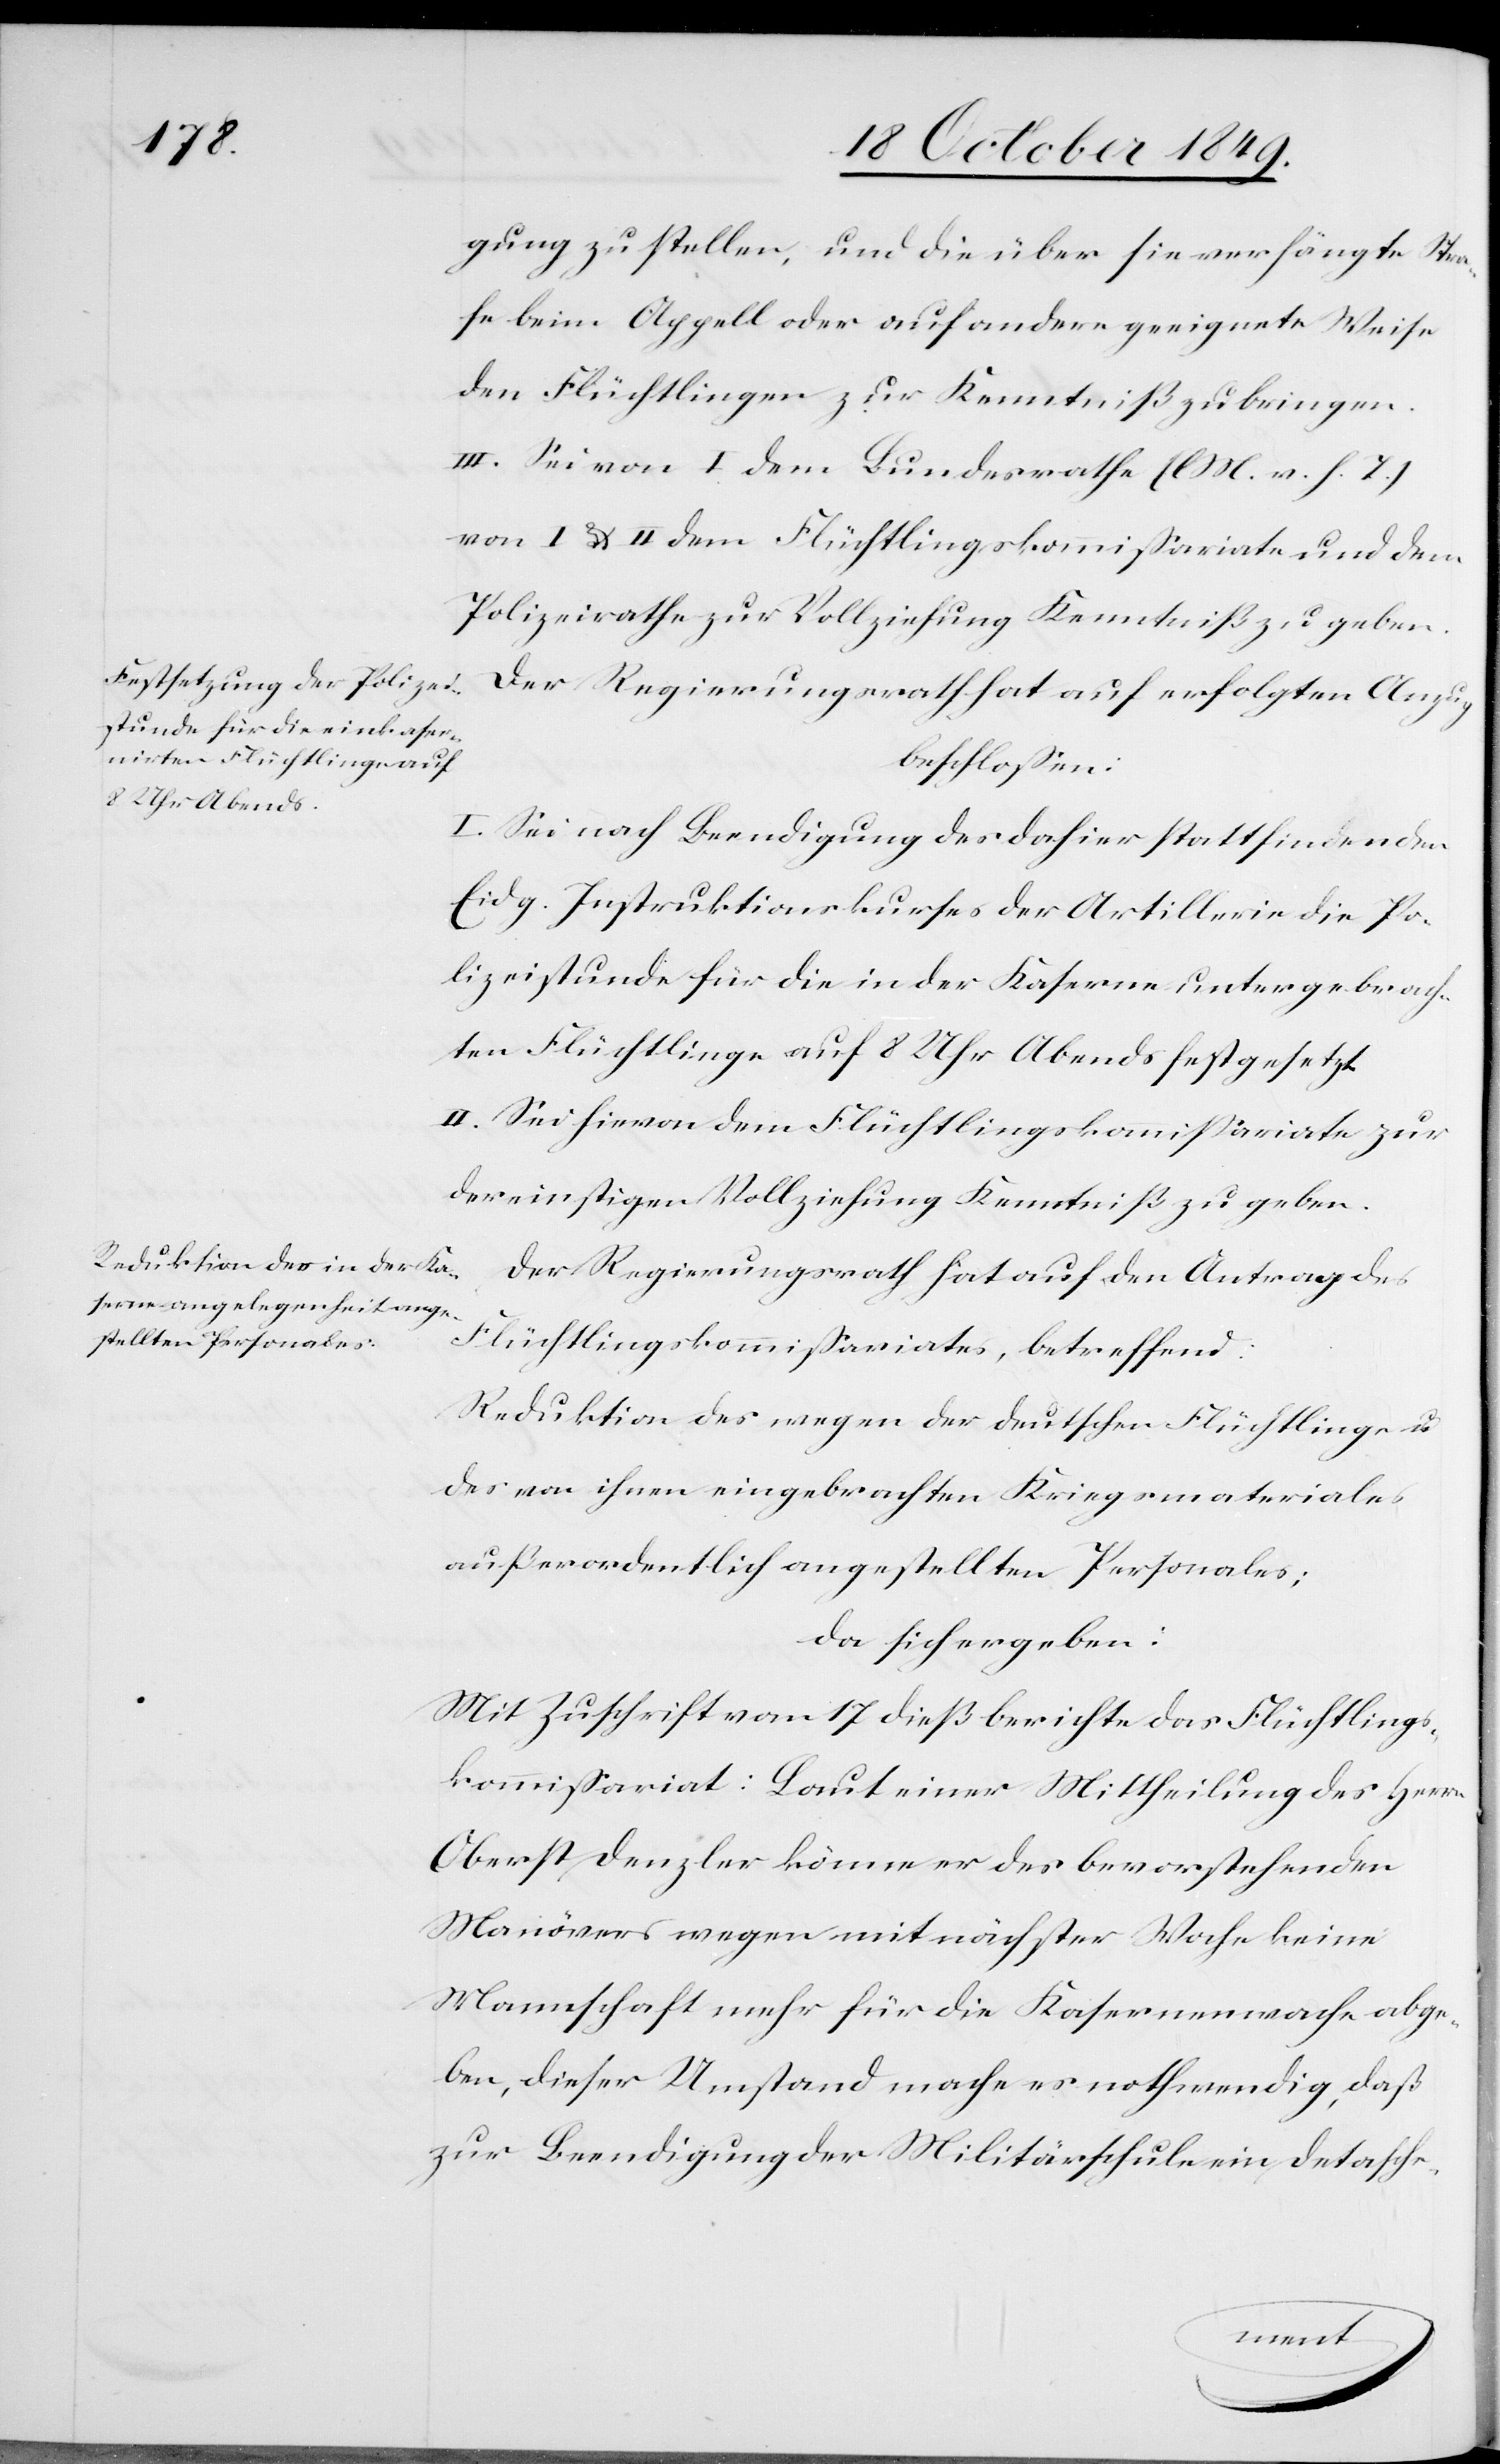
gung zu stellen, und die über sie verhängte Stra¬
fe beim Appell oder auf andere geeignete Weise
den Flüchtlingen zur Kenntniß zu bringen.
III. Sei von I dem Bundesrathe [l. M. v. h. T]
von I u. II dem Flüchtlingskommißariate und dem
Polizeirathe zur Vollziehung Kenntniß zu geben.
Der Regierungsrath hat auf den erfolgten Anzug
beschloßen:
I. Sei nach Beendigung des dahier stattfindenden
Eidg. Instruktionskurses der Artillerie die Po¬
lizeistunde für die in der Kaserne untergebrach¬
ten Flüchtlinge auf 8 Uhr Abends festgesetzt.
II. Sei hievon dem Flüchtlingskommißariate zur
der einstigen Vollziehung Kenntniß zu geben.
Der Regierungsrath hat auf den Antrag des
Flüchtlingskommißariates, betreffend:
Reduktion des wegen der deutschen Flüchtlinge u.
des von ihnen eingebrachten Kriesgmateriales
außerordentlich angestellten Personales;
da sich ergeben:
Mit Zuschrift vom 17 dieß berichte das Flüchtlings¬
kommißariat: Laut einer Mittheilung des Herrn
Oberst Denzler könne er des bevorstehenden
Manövers wegen mit nächster Woche keine
Mannschaft mehr für die Kasernenwache abge¬
ben, dieser Umstand mache es nothwendig, daß
zur Beendigung der Militärschule ein Detasche-